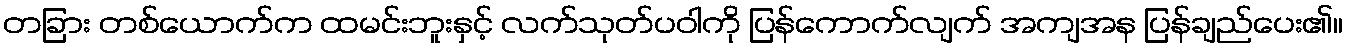
တခြား တစ်ယောက်က ထမင်းဘူးနှင့် လက်သုတ်ပဝါကို ပြန်ကောက်လျက် အကျအန ပြန်ချည်ပေး၏။